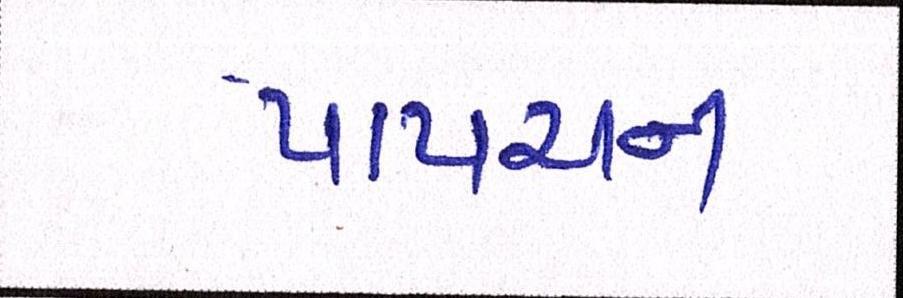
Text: પાપચન